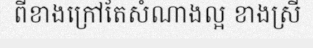
ពីខាងក្រៅតែសំណាងល្អ ខាងស្រី